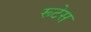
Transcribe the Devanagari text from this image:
रूटेस